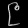
Digit: ၉